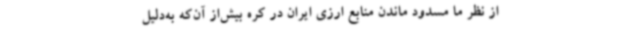
از نظر ما مسدود ماندن منابع ارزی ایران در کره بیش‌از آن‌که به‌دلیل